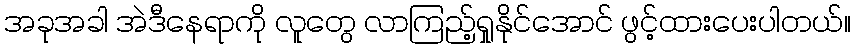
အခုအခါ အဲဒီနေရာကို လူတွေ လာကြည့်ရှုနိုင်အောင် ဖွင့်ထားပေးပါတယ်။